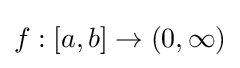
f:[a,b]\to (0,\infty )